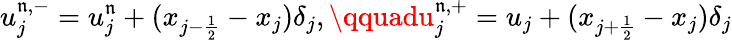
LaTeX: u_{j}^{\mathfrak{n},-}=u_{j}^{\mathfrak{n}}+(x_{{j-\frac{{1}}{{2}}}}-x_{j})\delta_{j},\qquadu_{j}^{\mathfrak{n},+}=u_{j}+(x_{j+\frac{{1}}{{2}}}-x_{j})\delta_{j}